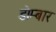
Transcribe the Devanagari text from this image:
डोम्बार